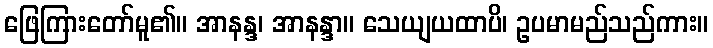
ဖြေကြားတော်မူ၏။ အာနန္ဒ၊ အာနန္ဒာ။ သေယျယထာပိ၊ ဥပမာမည်သည်ကား။